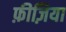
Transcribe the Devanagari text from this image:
फ़ीज़िया